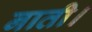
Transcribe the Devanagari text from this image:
नाती।